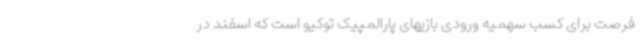
فرصت برای کسب سهمیه ورودی بازیهای پارالمپیک توکیو است که اسفند در